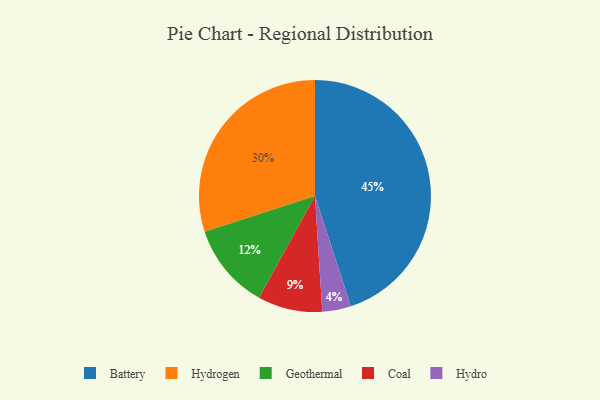
{"axis": {"x": "Category", "y": "Percentage"}, "legend": ["Battery", "Coal", "Geothermal", "Hydro", "Hydrogen"], "data": [{"x": "Hydrogen", "y": 30, "type": "Hydrogen"}, {"x": "Coal", "y": 9, "type": "Coal"}, {"x": "Hydro", "y": 4, "type": "Hydro"}, {"x": "Geothermal", "y": 12, "type": "Geothermal"}, {"x": "Battery", "y": 45, "type": "Battery"}]}